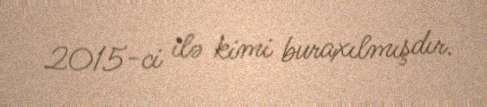
2015-ci ilə kimi buraxılmışdır.